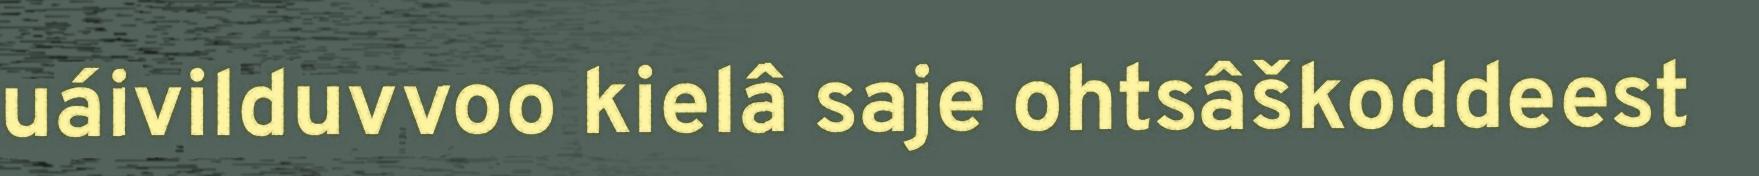
uáivilduvvoo kielâ saje ohtsâškoddeest